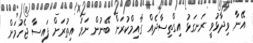
އޭނާ ވިދާޅުވީ ރަނގަޅު އިގްތިސާދެއް ގާއިމްކުރަން ބޭނުން ނަމަ އިތުރަށް ފައިސާ ޖެހުމަށް